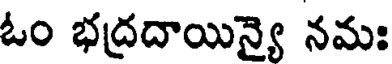
ఓం భద్రదాయిన్యై నమః